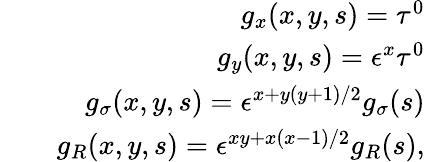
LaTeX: \begin{array}{rlr}&{}&{g_{x}(x,y,s)=\tau^{0}}\\ &{}&{g_{y}(x,y,s)=\epsilon^{x}\tau^{0}}\\ &{}&{g_{\sigma}(x,y,s)=\epsilon^{x+y(y+1)/2}g_{\sigma}(s)}\\ &{}&{g_{R}(x,y,s)=\epsilon^{xy+x(x-1)/2}g_{R}(s),}\end{array}